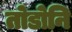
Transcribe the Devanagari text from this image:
तोडोनि